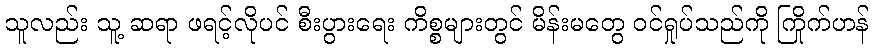
သူလည်း သူ့ ဆရာ ဖရင့်လိုပင် စီးပွားရေး ကိစ္စများတွင် မိန်းမတွေ ဝင်ရှုပ်သည်ကို ကြိုက်ဟန်